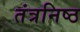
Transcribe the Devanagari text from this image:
तंत्रनिष्ठ